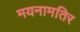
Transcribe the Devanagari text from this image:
मयनामतिर